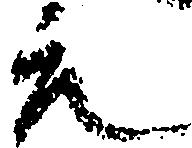
元